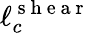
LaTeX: \ell_{c}^{\mathrm{~s~h~e~a~r~}}